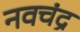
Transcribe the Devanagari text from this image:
नवचंद्र